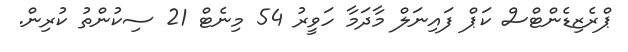
ޕްރެޒިޑެންޓްސް ކަޕް ފައިނަލް މާދަމާ ހަވީރު 54 މިނެޓް 21 ސިކުންތު ކުރިން.